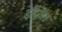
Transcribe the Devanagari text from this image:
इंद्जित